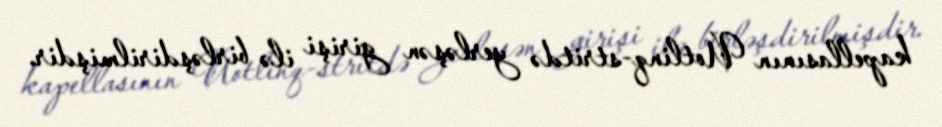
kapellasının Uotlinq-stritdə yerləşən girişi ilə birləşdirilmişdir.